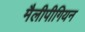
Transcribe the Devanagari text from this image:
मैलीपीगियन